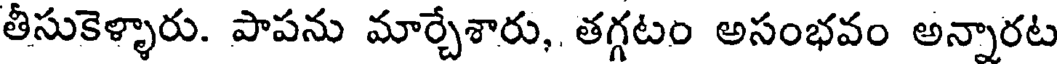
తీసుకెళ్ళారు. పాపను మార్చేశారు, తగ్గటం అసంభవం అన్నారట